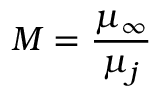
M = \frac { \mu _ { \infty } } { \mu _ { j } }